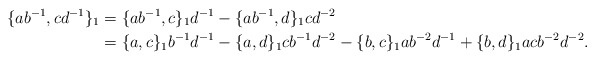
\begin{align*}\{ab^{-1},cd^{-1}\}_1 &= \{ab^{-1},c\}_1d^{-1} - \{ab^{-1}, d\}_1cd^{-2} \\&= \{a,c\}_1b^{-1}d^{-1} - \{a,d\}_1cb^{-1}d^{-2} - \{b,c\}_1ab^{-2}d^{-1} + \{b,d\}_1acb^{-2}d^{-2}.\end{align*}